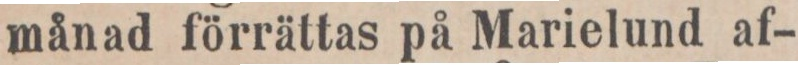
månad förrättas på Marielund af-